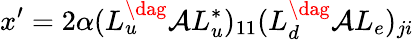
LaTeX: x^{\prime}=2\alpha(L_{u}^{\dag}{\cal A}L_{u}^{*})_{11}(L_{d}^{\dag}{\cal A}L_{e})_{ji}